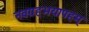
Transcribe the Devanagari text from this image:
नवग्रहभयापहम्